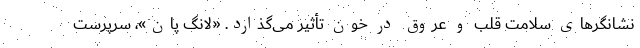
نشانگرهای سلامت قلب و عروق در خون تأثیر می‌گذارد. «لانگ پان»، سرپرست